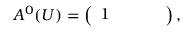
\begin{array} { r } { A ^ { 0 } ( U ) = \left( \begin{array} { c c c c } { 1 } & { } & { } & { } \end{array} \right) , } \end{array}